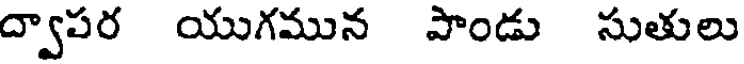
ద్వాపర యుగమున పాండు సుతులు